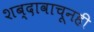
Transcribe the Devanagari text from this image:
शब्दावाचूनही